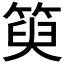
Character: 𥯮